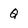
Character: Q